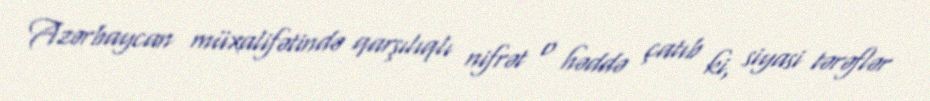
Azərbaycan müxalifətində qarşılıqlı nifrət o həddə çatıb ki, siyasi tərəflər